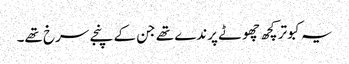
یہ کبوتر کچھ چھوٹے پرندے تھے جن کے پنجے سرخ تھے۔